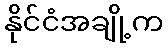
နိုင်ငံအချို့က